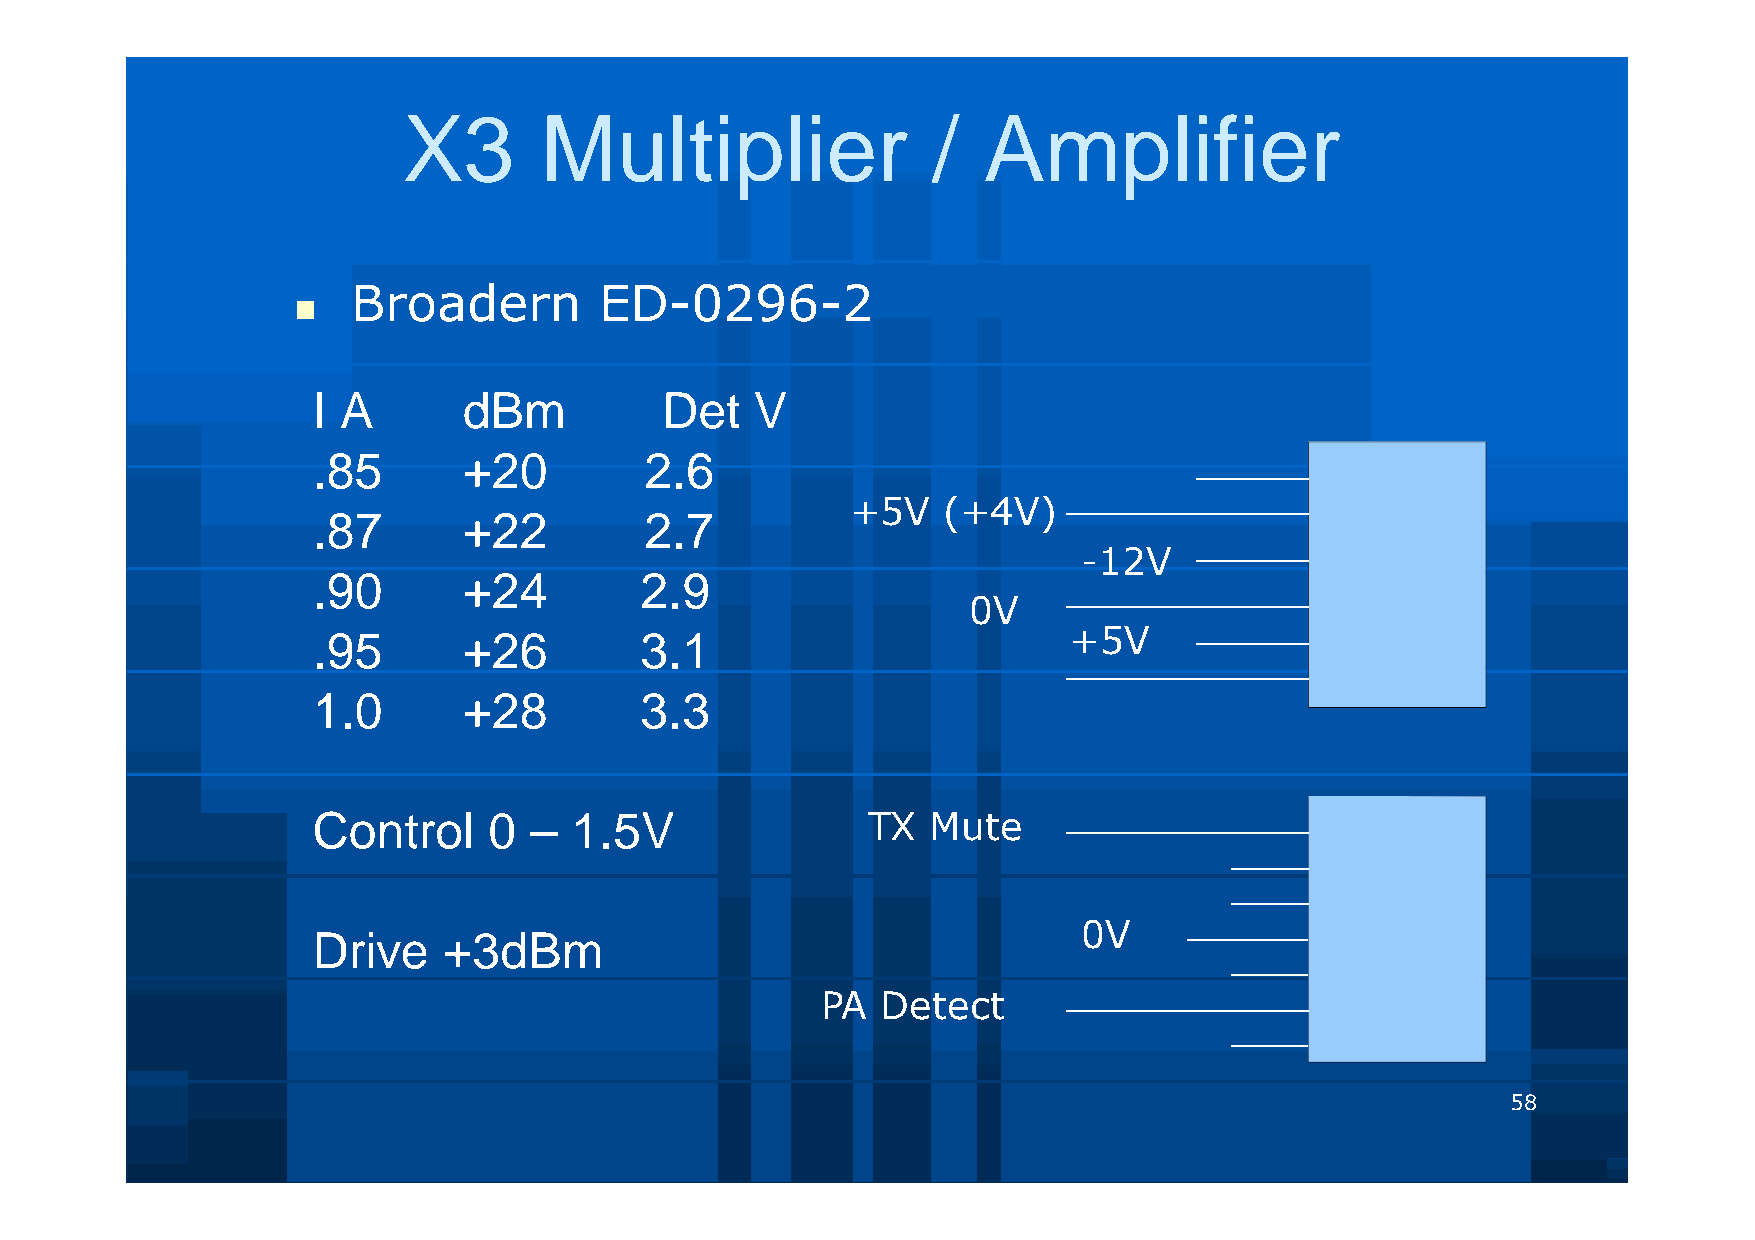
X3       Multiplier                /  Amplifier
 Broadern         ED-0296-2
 
 I A       dBm          Det   V
 .85       +20         2.6
 +5V   (+4V)
 .87       +22         2.7
 -12V
 .90       +24        2.9
 0V
 .95       +26        3.1                          +5V
 1.0       +28        3.3
 Control    0  –  1.5V               TX   Mute
 0V
 Drive   +3dBm
 PA  Detect
 58